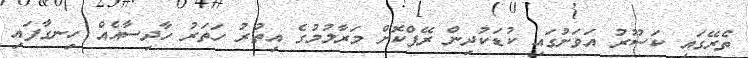
ތެރޭގައި ކަސޫރު އަވަށުގައި ކުޑަކުދިން ރޭޕްކޮށް މަރާލުމުގެ އިތުރު ހަތަރު ހާދިސާއެއް ހިނގާފައި